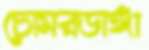
চোমরডাঙ্গা